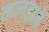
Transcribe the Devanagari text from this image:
कलझवें